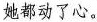
她都动了心。